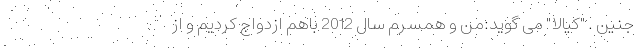
جنین . "کیالا" می گوید:من و همسرم سال 2012 باهم ازدواج کردیم و از